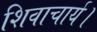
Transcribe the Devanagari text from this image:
शिवाचार्य।